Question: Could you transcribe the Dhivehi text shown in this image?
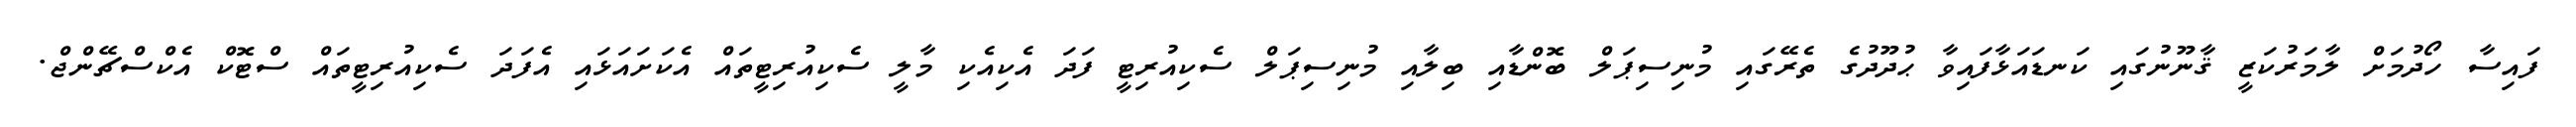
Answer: ފައިސާ ހޯދުމަށް ލާމަރުކަޒީ ޤާނޫނުގައި ކަނޑައަޅާފައިވާ ޙުދޫދުގެ ތެރޭގައި މުނިސިޕަލް ބޮންޑާއި ބިލާއި މުނިސިޕަލް ސެކިއުރިޓީ ފަދަ އެކިއެކި މާލީ ސެކިއުރިޓީތައް އެކަށައަޅައި އެފަދަ ސެކިއުރިޓީތައް ސްޓޮކް އެކްސްޗޭންޖް.